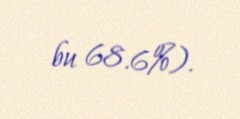
bu 68.6%).